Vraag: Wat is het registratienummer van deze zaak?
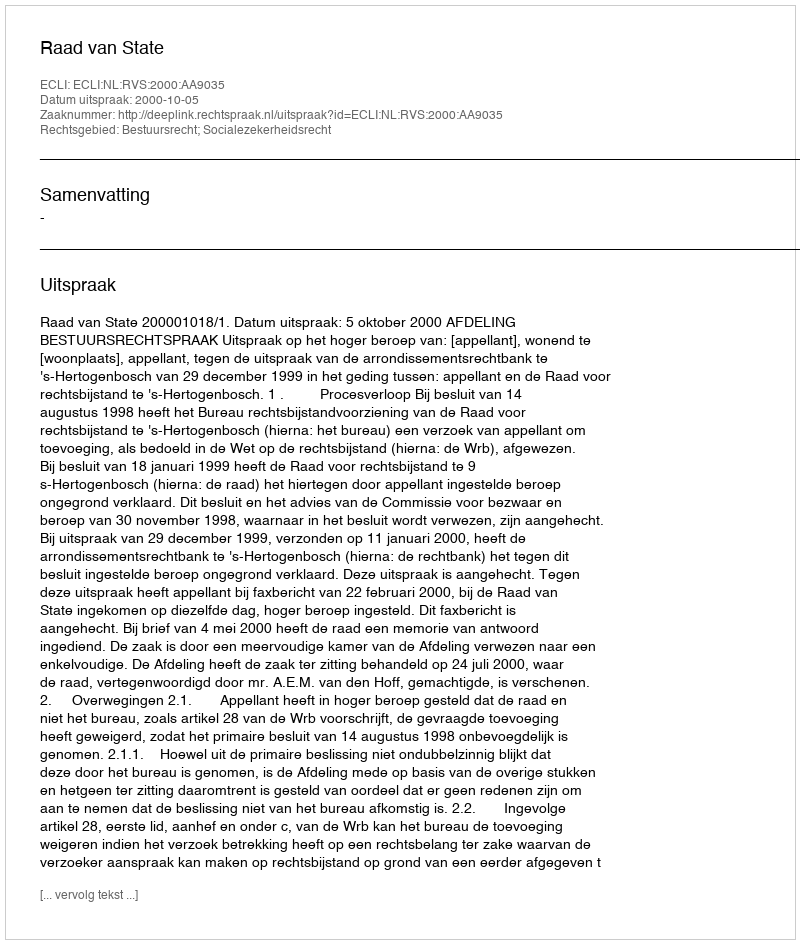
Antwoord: http://deeplink.rechtspraak.nl/uitspraak?id=ECLI:NL:RVS:2000:AA9035